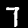
Label: 7